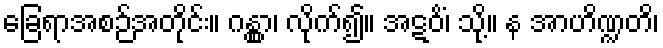
ခြေရာအစဉ်အတိုင်း။ ဂန္တွာ၊ လိုက်၍။ အဋဝိံ၊ သို့။ န အာဟိဏ္ဍတိ၊